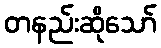
တနည်းဆိုသော်